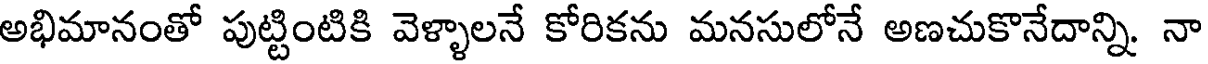
అభిమానంతో పుట్టింటికి వెళ్ళాలనే కోరికను మనసులోనే అణచుకొనేదాన్ని. నా